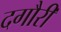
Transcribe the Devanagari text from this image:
दगौरी